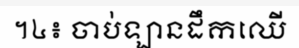
។៤៖ ចាប់ឡានដឹកឈើ